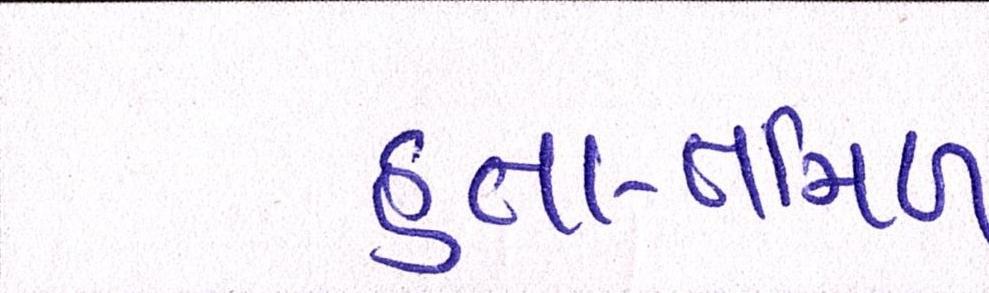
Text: હતા-તમિળ